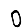
Digit: 0